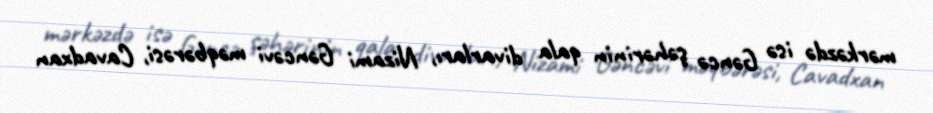
mərkəzdə isə Gəncə şəhərinin qala divarları, Nizami Gəncəvi məqbərəsi, Cavadxan